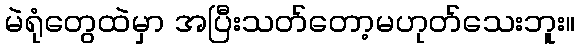
မဲရုံတွေထဲမှာ အပြီးသတ်တော့မဟုတ်သေးဘူး။